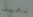
نحيف